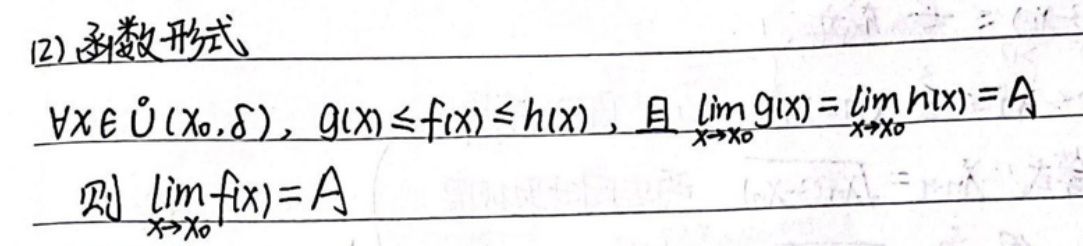
(12) 函数形式

$\forall x\in\mathring{U}(x_0,\delta), g(x)\leq f(x)\leq h(x)$, 且 $\lim_{x\rightarrow x_0}g(x)=\lim_{x\rightarrow x_0}h(x)=A$

则 $\lim_{x\rightarrow x_0}f(x)=A$